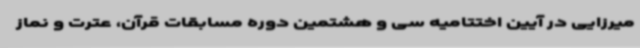
میرزایی در آیین اختتامیه سی و هشتمین دوره مسابقات قرآن، عترت و نماز